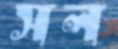
সল